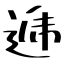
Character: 逓